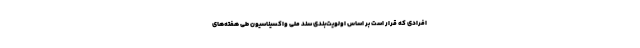
افرادی که قرار است بر اساس اولویت‌بندی سند ملی واکسیناسیون طی هفته‌های